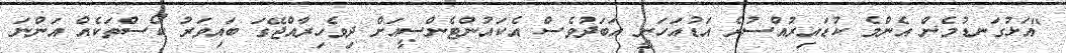
"އަޅުގަނޑުމެން އެންމެ ކުޑައިރުއްސުރެ އަޑުއަހަނީ އަބަދުވެސް އެކައުންޓެންސީއަށް ދިވެހިރާއްޖޭގަ ބައިވަރު ކޯސްތަކެއް އަންނަ